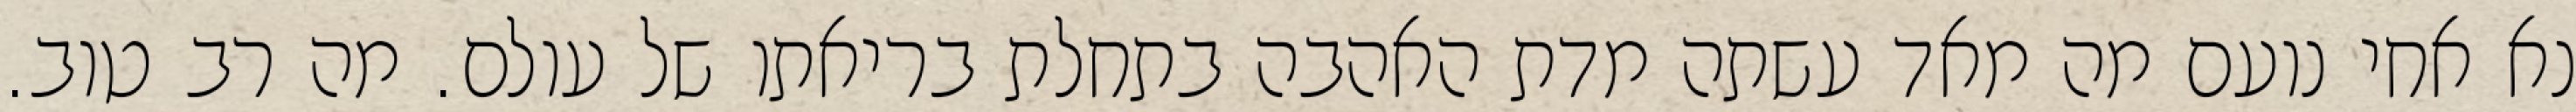
נא אחי נועם מה מאד עשתה מדת האהבה בתחלת בריאתו של עולם. מה רב טוב.